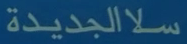
الجديدة سلا